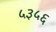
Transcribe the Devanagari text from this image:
५३५६